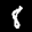
Label: 8